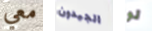
معي الجيدون لو